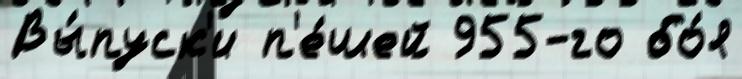
Вы́пуск'и п'е́шей 955-го бо́я